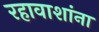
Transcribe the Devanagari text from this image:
रहावाशांना